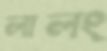
লালং